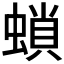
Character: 𧎫